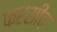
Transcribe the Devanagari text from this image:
फरसीद